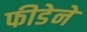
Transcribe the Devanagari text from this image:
फीडेने